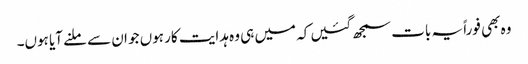
وہ بھی فوراً یہ بات سمجھ گئیں کہ میں ہی وہ ہدایت کار ہوں جو ان سے ملنے آیا ہوں۔